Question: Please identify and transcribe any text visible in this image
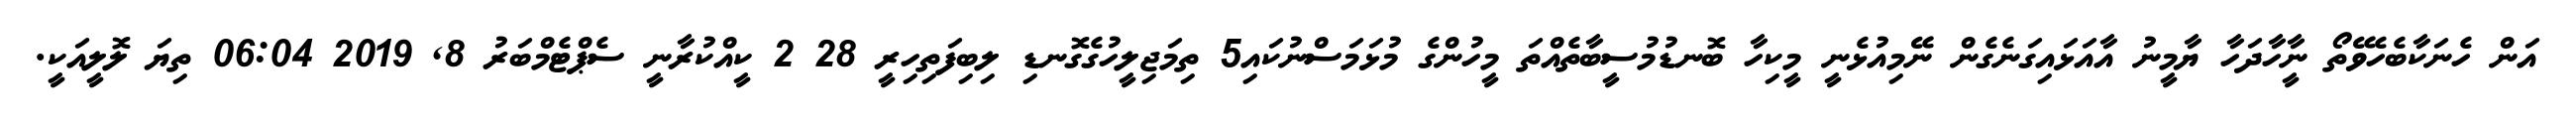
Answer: އަން ހެނަކާބެހެވޭތޯ ނީާހާދަހާ ޔާމީނު އާއަޅައިގަނެގެން ނޭމިއުޅެނީ މީކިހާ ބޮނޑުމުސީބާތެއްތަ މީހުންގެ މުޅަމަސްނުކައި5 ތިމަޖިލީހުގެގޮނޑި ލިބިފަތިހިރީ 28 2 ކީއްކުރާނީ ސެޕްޓެމްބަރު 8, 2019 06:04 ތިޔަ ލޮލީއަކީ.